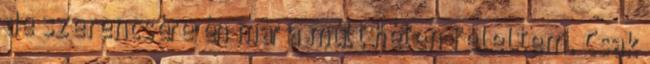
de szerencsére én már a múlt héten feleltem. Csak